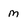
Character: M